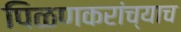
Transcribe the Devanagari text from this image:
पिळणकरांच्याच